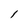
Character: l